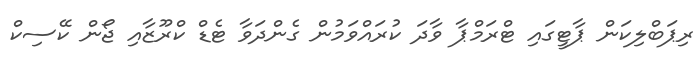
ރިޕަބްލިކަން ޕާޓީގައި ޓްރަމްޕާ ވާދަ ކުރައްވަމުން ގެންދަވާ ޓެޑް ކްރޫޒާއި ޖޯން ކޭސިކް